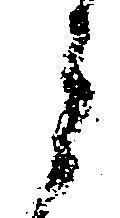
郎